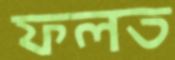
ফলত